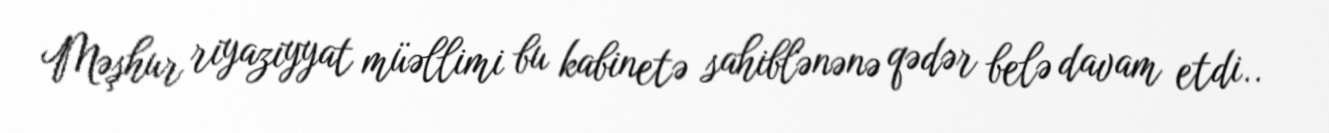
Məşhur riyaziyyat müəllimi bu kabinetə sahiblənənə qədər belə davam etdi..